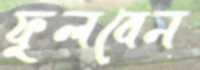
ফুলবেন